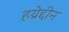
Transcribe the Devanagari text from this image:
हय्रेद्दीन